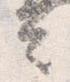
言